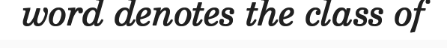
word denotes the class of